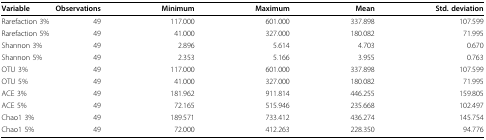
| Variable | Observations | Minimum | Maximum | Mean | Std. deviation |
 | --- | --- | --- | --- | --- | --- |
 | Rarefaction 3% | 49 | 117.000 | 601.000 | 337.898 | 107.599 |
 | Rarefaction 5% | 49 | 41.000 | 327.000 | 180.082 | 71.995 |
 | Shannon 3% | 49 | 2.896 | 5.614 | 4.703 | 0.670 |
 | Shannon 5% | 49 | 2.353 | 5.166 | 3.955 | 0.763 |
 | OTU 3% | 49 | 117.000 | 601.000 | 337.898 | 107.599 |
 | OTU 5% | 49 | 41.000 | 327.000 | 180.082 | 71.995 |
 | ACE 3% | 49 | 181.962 | 911.814 | 446.255 | 159.805 |
 | ACE 5% | 49 | 72.165 | 515.946 | 235.668 | 102.497 |
 | Chao1 3% | 49 | 189.571 | 733.412 | 436.274 | 145.754 |
 | Chao1 5% | 49 | 72.000 | 412.263 | 228.350 | 94.776 |